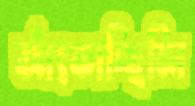
আঁৎকাচ্ছিলি